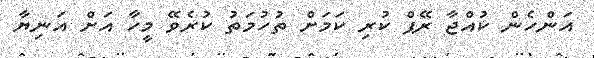
އަންހެން ކުއްޖާ ރޭޕް ކުރި ކަމަށް ތުހުމަތު ކުރެވޭ މީހާ އަށް އަނިޔާ